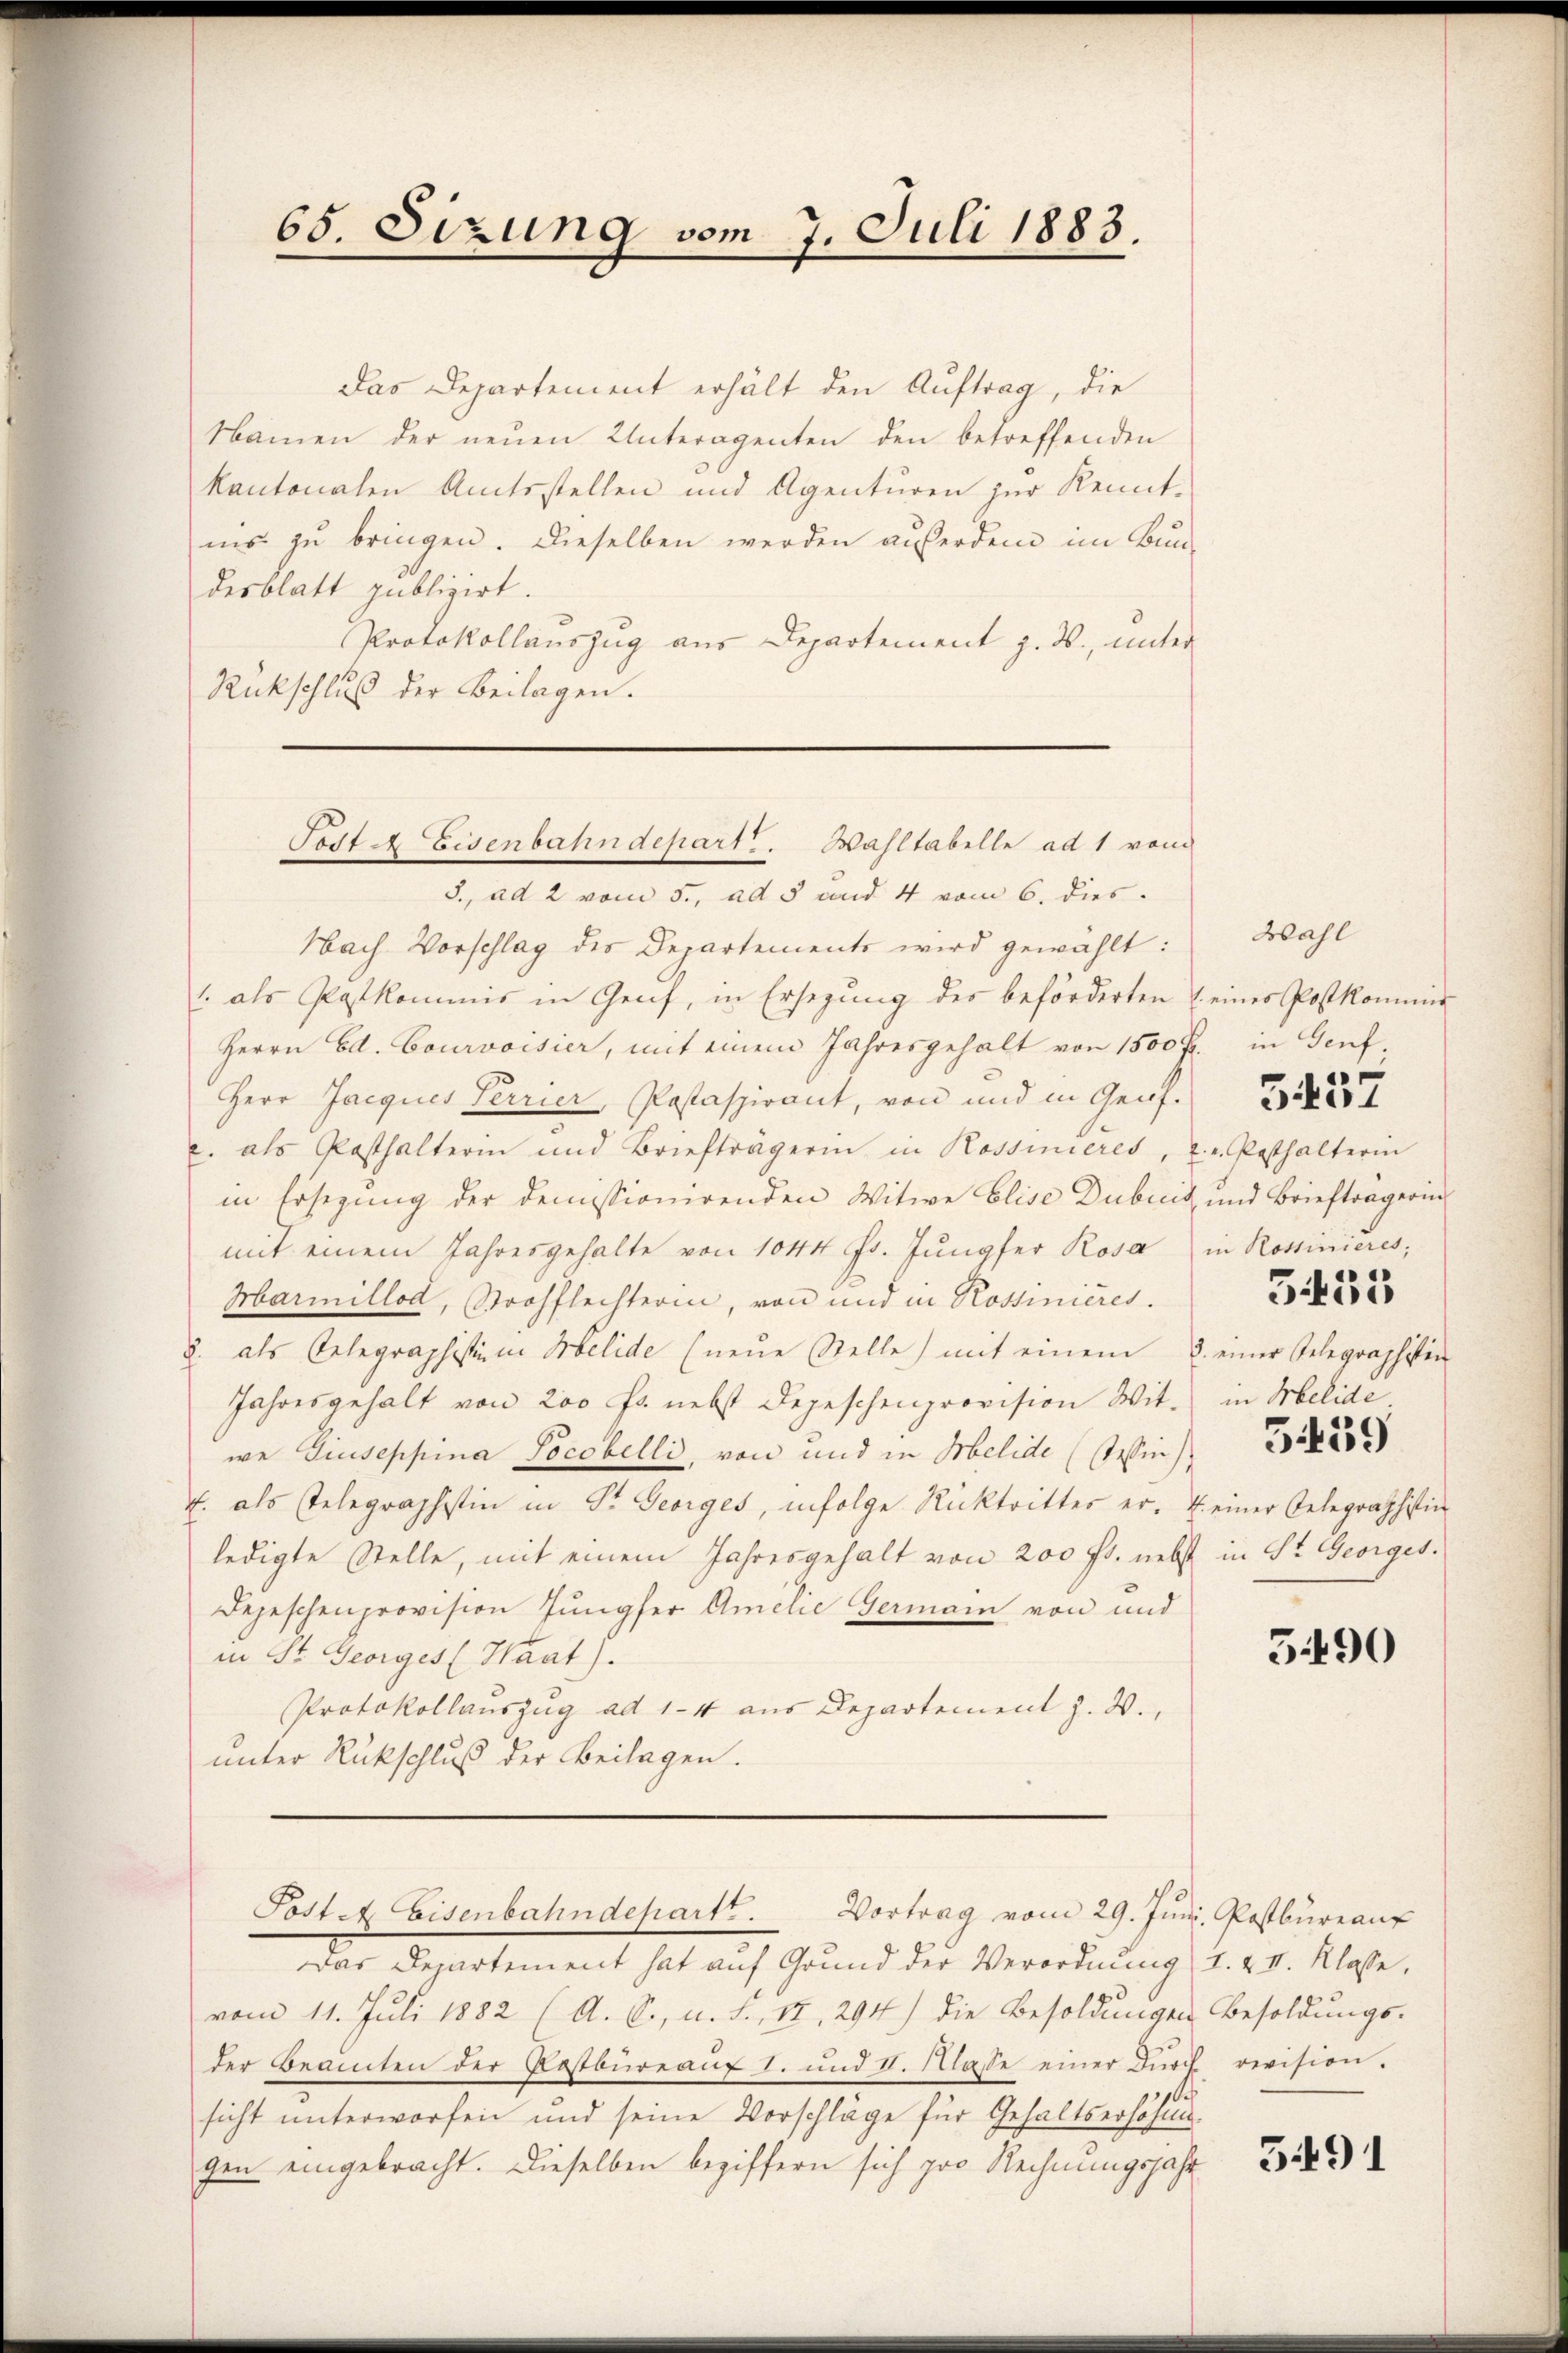
65. Sizung vom 7. Juli 1883.

Das Departement erhält den Auftrag, die
Namen der neŭen Unteragenten den betreffenden
kantonalen Amtsstellen und Agenturen zur Kenntnis zu bringen. Dieselben werden außerden im Bun-
desblatt publizirt.
Protokollauszug aus Departement z. B., unter
Rückschluß der Beilagen.

S., ad 2 vom 5., ad 5 und 4 vom 6. dies
Nach Vorschlag des Departements wird gewählt:
1. als Postkommis in Genf, in Ersezung des beförderten u eines Postkommi
Herrn Ed. Courvoisier, mit einem Jahresgehalt von 1500 fl. in Genf
Herr Jacques Perrier, Postaspirant, von und in Genf.
c. als Posthalterin und Briefträgerin in Rossinieres,
in Ersezung der demissionirenden Witwe Elise Dubicit, und Briefträgerin
mit einem Jahresgehalte von 1044 Fr. Jungfer Rosa
Harmillod, Strohflechterin, von und in Rossinières.
u. als Gelegraphistin Melide (neŭe Stelle) mit einem u. einer Gelegraphisten
Jahresgehalt von 200 fr. nebst Depeschenprovision Wit-
we Guseppina Pocobelli, von und in Melide (Wein
E. als stelegraphistin in St. Georges, infolge Rücktrittes er- u einer Gelegraphistin
ledigte Stelle, mit einem Jahresgehalt von 200 fr. nebst in St. Georges.
Depeschenprovision Jungfer Amilie Germann von und
in St. Georges (Waat).
Protokollauszug ad 1-4 aus Departement z. W.,
unter Rückschluß der Beilagen.
Posten Eisenbahndepartt. Vortrag vom 29. Jŭni. Postbureauf
Das Departement hat auf Grund der Verordnung 1. & II. Klasse.
vom 11. Juli 1882 (A. S., u. S., II, 294) die Besoldungen
der Beamten der Kostbüreaŭf 1. und 1. Klasse einer Dŭrch revision.
sicht unterworfen und seine Vorschläge für Gehaltserhöhung
gen eingebracht. Dieselben beziffern sich pro Rechnungsjahr

Todte Eisenbahndepart. Wahltabelle ad 1 vom

Wahl

5437

2. v. Posthalterin
in Rossinieres,
in Melide.
5439

5455

5490

Besoldungs-

5491